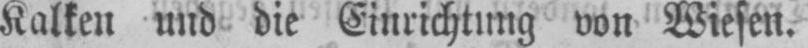
Kalken und die Einrichtung von Wiesen.